Report on vaccination in the Province of Bengal - 1874-1889
Year: 1874
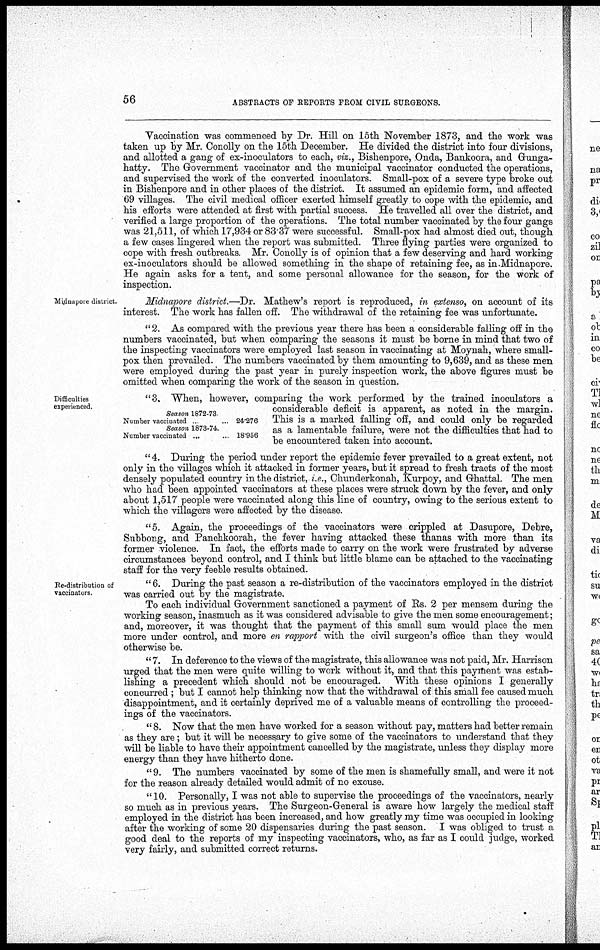
56
ABSTRACTS OF REPORTS FROM CIVIL SURGEONS.
Vaccination was commenced by Dr. Hill on 15th November 1873, and the work was
taken up by Mr. Conolly on the 15th December. He divided the district into four divisions,
and allotted a gang of ex-inoculators to each, viz., Bishenpore, Onda, Bankoora, and Gunga-
hatty. The Government vaccinator and the municipal vaccinator conducted the operations,
and supervised the work of the converted inoculators. Small-pox of a severe type broke out
in Bishenpore and in other places of the district. It assumed an epidemic form, and affected
69 villages. The civil medical officer exerted himself greatly to cope with the epidemic, and
his efforts were attended at first with partial success. He travelled all over the district, and
verified a large proportion of the operations. The total number vaccinated by the four gangs
was 21,511, of which 17,934 or 83 37 were successful. Small-pox had almost died out, though
a few cases lingered when the report was submitted. Three flying parties were organized to
cope with fresh outbreaks. Mr. Conolly is of opinion that a few deserving and hard working
ex-inoculators should be allowed something in the shape of retaining fee, as in.Midnapore.
He again asks for a tent, and some personal allowance for the season, for the work of
inspection.
Midnapore district.
Midnapore district.—Dr. Mathew's report is reproduced, in extenso, on account of its
interest. The work has fallen off. The withdrawal of the retaining fee was unfortunate.
" 2. As compared with the previous year there has been a considerable falling off in the
numbers vaccinated, but when comparing the seasons it must be borne in mind that two of
the inspecting vaccinators were employed last season in vaccinating at Moynah, where small-
pox then prevailed. The numbers vaccinated by them amounting to 9,639, and as these men
were employed during the past year in purely inspection work, the above figures must be
omitted when comparing the work of the season in question.
Difficulties
experienced.
Season 1872.73
Number vaccinated ...
24,276
Season 1873-74.
Number vaccinated ... ...
18,956
"3. When, however, comparing the work performed by the trained inoculators a
considerable deficit is apparent, as noted in the margin.
This is a marked falling off, and could only be regarded
as a lamentable failure, were not the difficulties that had to
be encountered taken into account.
"4. During the period under report the epidemic fever prevailed to a great extent, not
only in the villages which it attacked in former years, but it spread to fresh tracts of the most
densely populated country in the district, i.e., Chunderkonah, Kurpoy, and Ghattal. The men
who had been appointed vaccinators at these places were struck down by the fever, and only
about 1,517 people were vaccinated along this line of country, owing to the serious extent to
which the villagers were affected by the disease.
"5. Again, the proceedings of the vaccinators were crippled at Dasupore, Debre,
Subbong, and Panchkoorah, the fever having attacked these thanas with more than its
former violence. In fact, the efforts made to carry on the work were frustrated by adverse
circumstances beyond control, and I think but little blame can be attached to the vaccinating
staff for the very feeble results obtained.
Re-distribution of
vaccinators.
" 6. During the past season a re-distribution of the vaccinators employed in the district
was carried out by the magistrate.
To each individual Government sanctioned a payment of Rs. 2 per mensem during the
working season, inasmuch as it was considered advisable to give the men some encouragement;
and, moreover, it was thought that the payment of this small sum would place the men
more under control, and more en rapport with the civil surgeon's office than they would
otherwise be.
" 7. In deference to the views of the magistrate, this allowance was not paid, Mr. Harrison
urged that the men were quite willing to work without it, and that this payment was estab-
lishing a precedent which should not be encouraged. With these opinions I generally
concurred ; but I cannot help thinking now that the withdrawal of this small fee caused much
disappointment, and it certainly deprived me of a valuable means of controlling the proceed-
ings of the vaccinators.
" 8. Now that the men have worked for a season without pay, matters had better remain
as they are; but it will be necessary to give some of the vaccinators to understand that they
will be liable to have their appointment cancelled by the magistrate, unless they display more
energy than they have hitherto done.
" 9. The numbers vaccinated by some of the men is shamefully small, and were it not
for the reason already detailed would admit of no excuse.
"10. Personally, I was not able to supervise the proceedings of the vaccinators, nearly
so much as in previous years. The Surgeon-General is aware how largely the medical staff
employed in the district has been increased, and how greatly my time was occupied in looking
after the working of some 20 dispensaries during the past season. I was obliged to trust a
good deal to the reports of my inspecting vaccinators, who, as far as I could judge, worked
very fairly, and submitted correct returns.